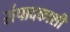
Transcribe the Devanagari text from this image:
संपादकाशी